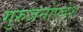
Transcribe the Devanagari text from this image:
गुरुजनोपदेश